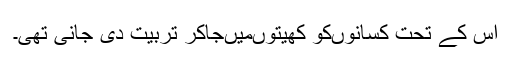
اس کے تحت کسانوںکو کھیتوںمیںجاکر تربیت دی جانی تھی۔